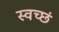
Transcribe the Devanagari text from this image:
स्वच्छं